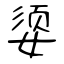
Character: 媭